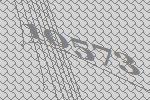
10573